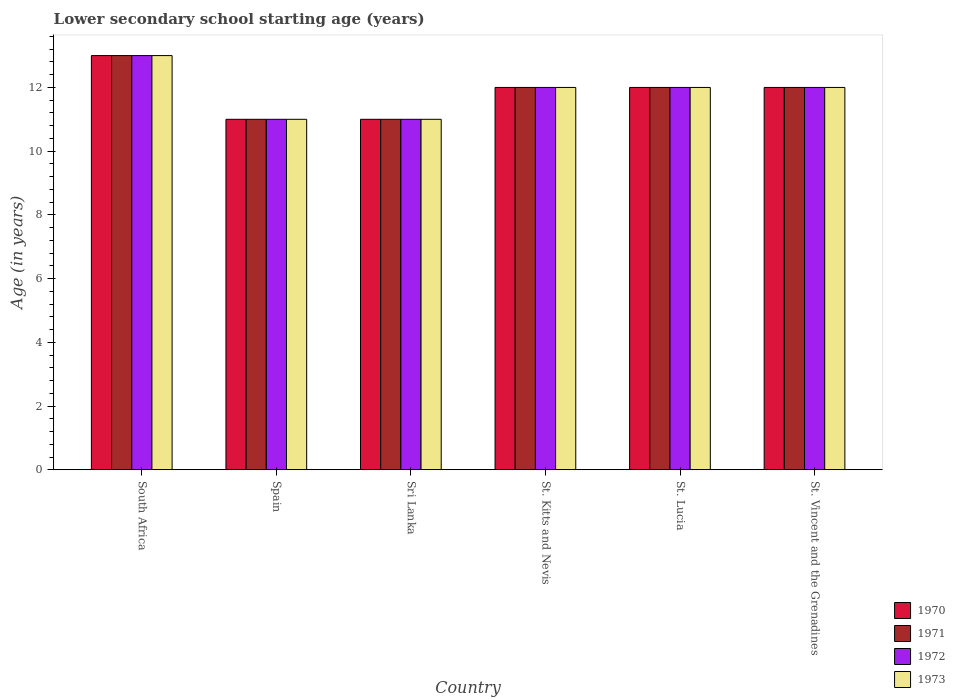
| Country | 1970 | 1971 | 1972 | 1973 |
 | --- | --- | --- | --- | --- |
 | South Africa | 13 | 13 | 13 | 13 |
 | Spain | 11 | 11 | 11 | 11 |
 | Sri Lanka | 11 | 11 | 11 | 11 |
 | St. Kitts and Nevis | 12 | 12 | 12 | 12 |
 | St. Lucia | 12 | 12 | 12 | 12 |
 | St. Vincent and the Grenadines | 12 | 12 | 12 | 12 |